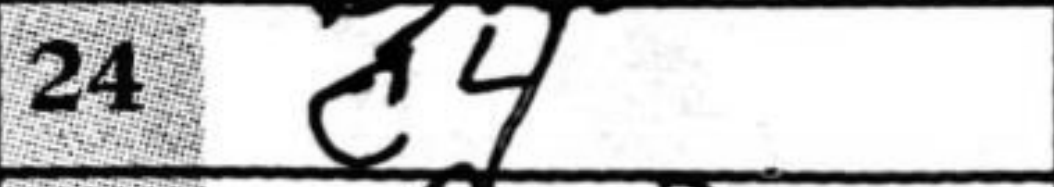
Transcription: c4